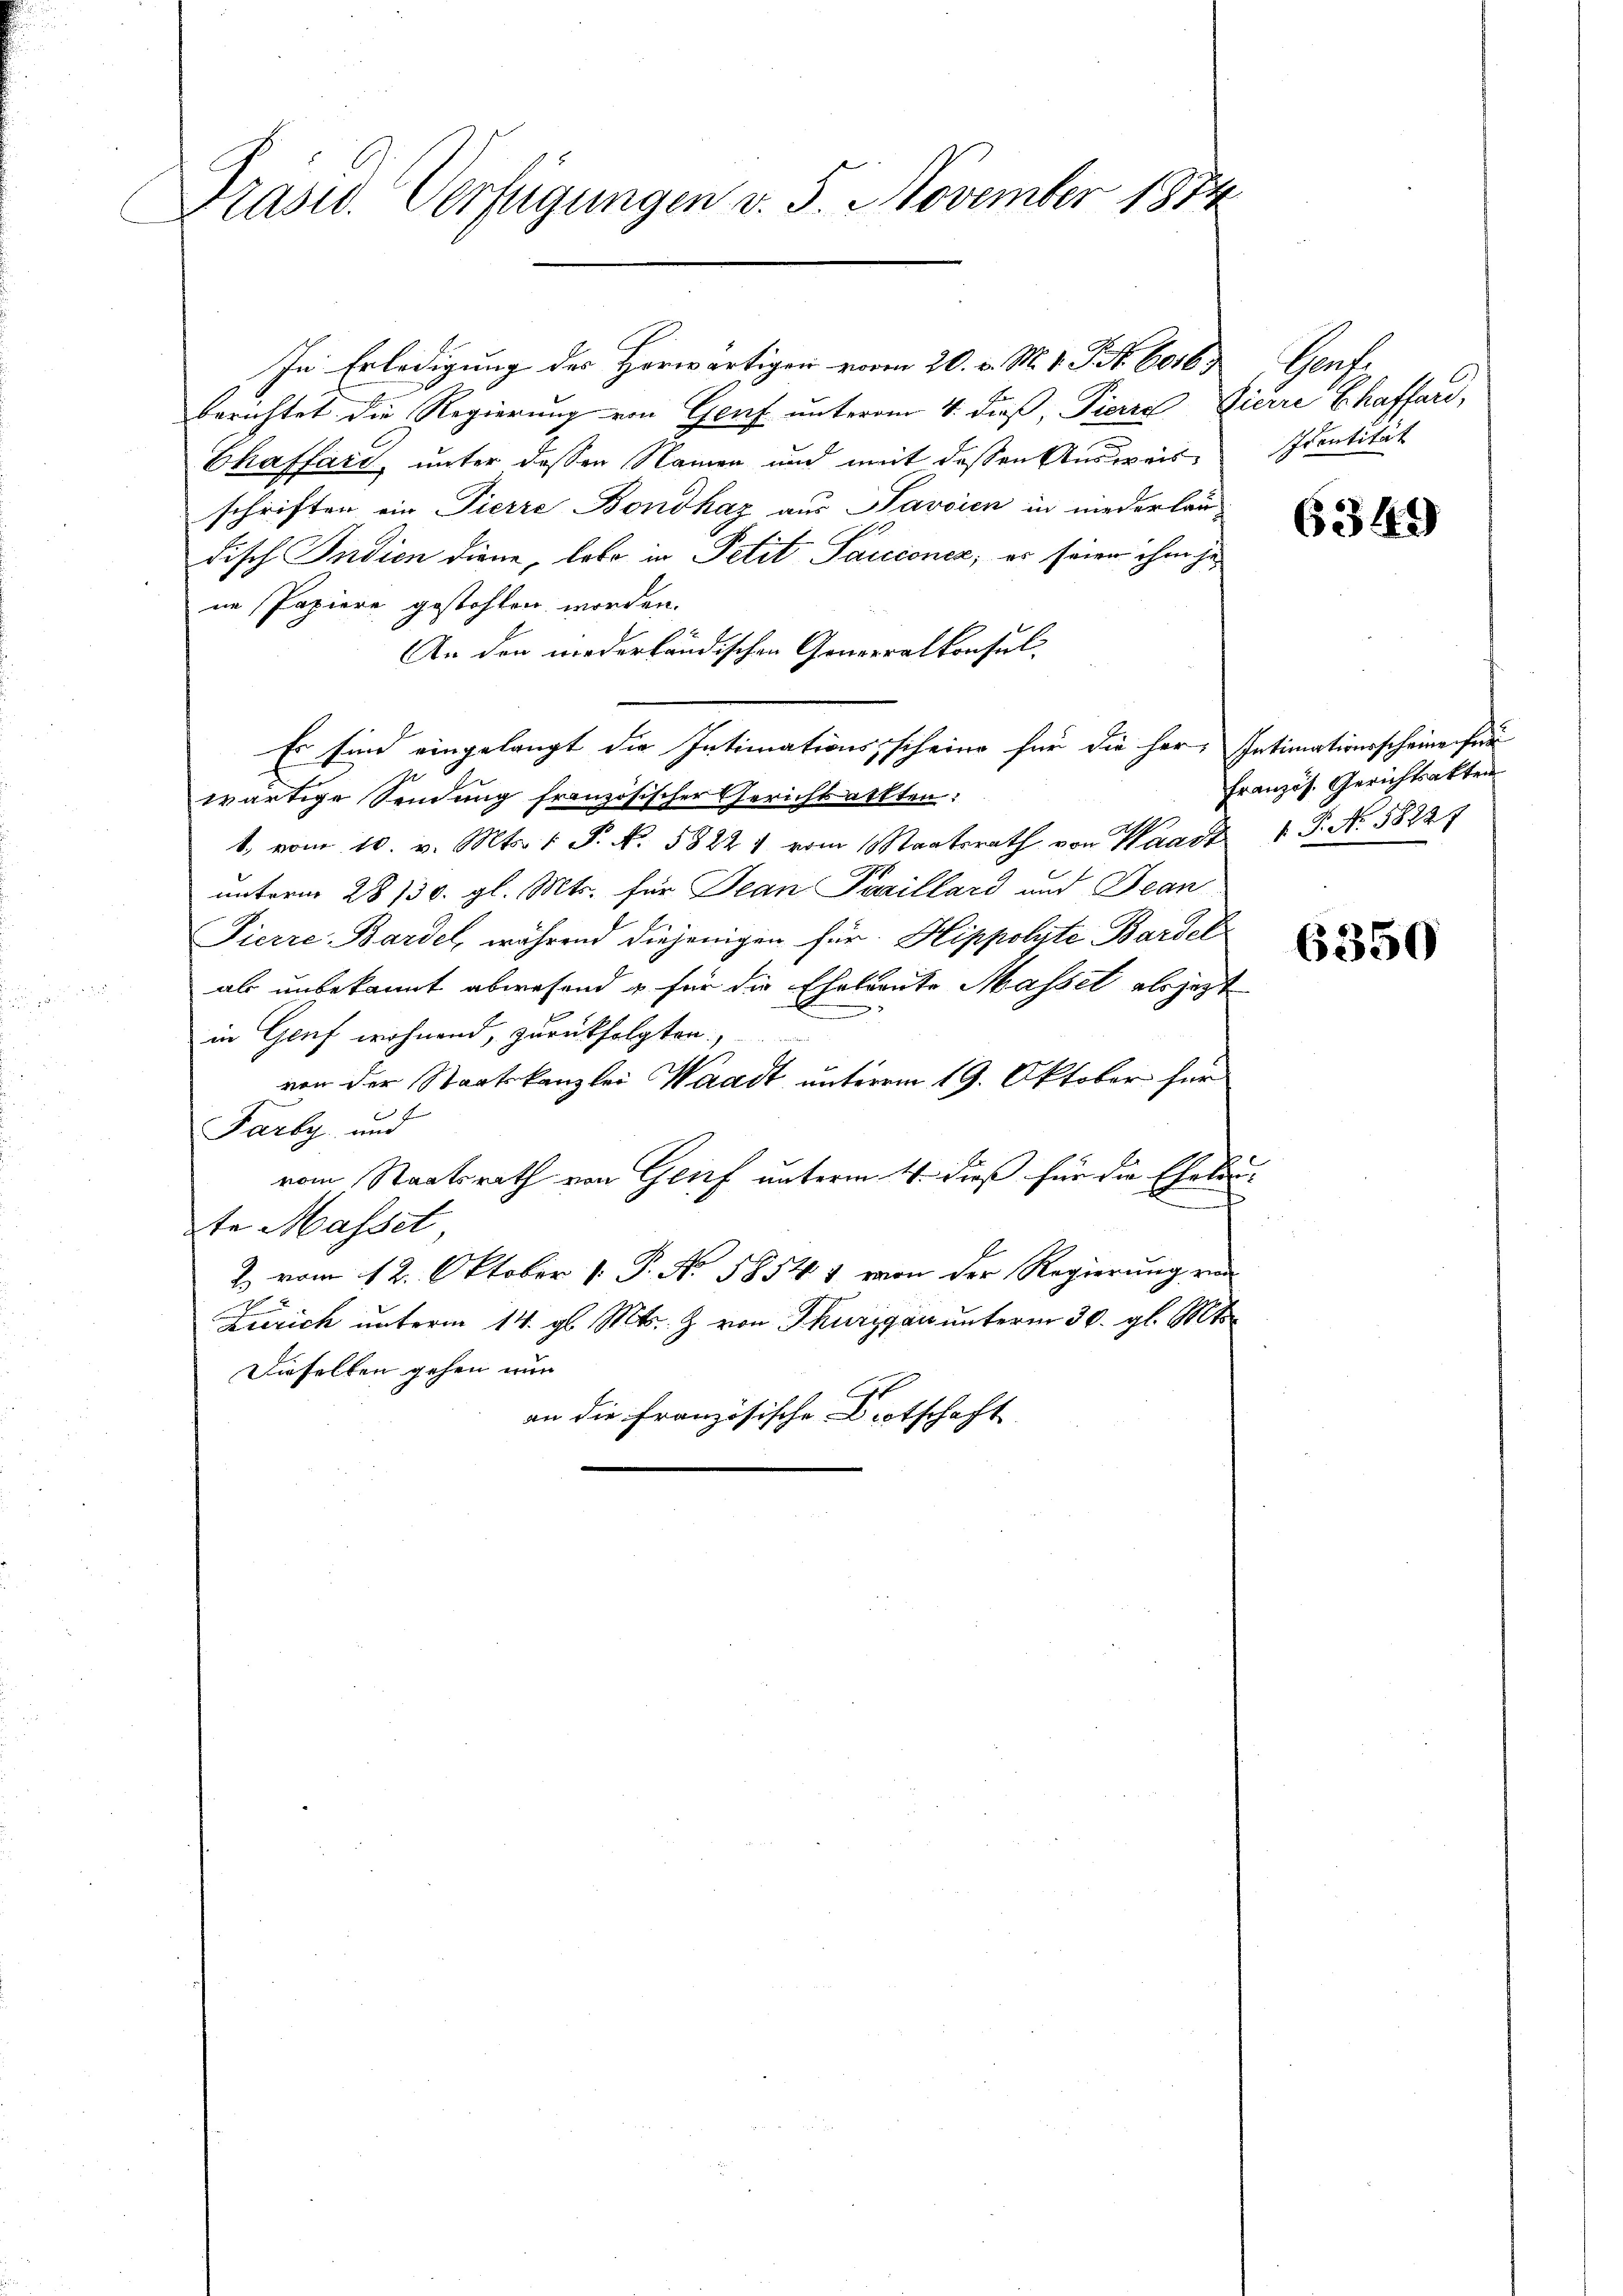
Präsid. Verfügungen v. 5. November 1874

In Erledigung des Herwärtigen vom 20. v. M. V. P. Nr. 6016.
berichtet die Regierung von Genf unterem 4. dieß, Pierre Zierre Schaffard,
Chaffart, unter dessen Namen und mit dessen Ausweis
schriften ein Pierre Bondhaz aus Pardien in niederlau
disch Indien diene, lebe in Petit Pariconer, er seien ihm jene Papiere gestehten worden.
An den niederländischen Generalkonsul
Er sind eingelangt die Intimationsscheine für die her, Intimativerscheine fer
wärtige Sendung französischer Gericht alten:
1. vom 10. v. Mts. 1 P. N. 5822 vom Staatsrath von Waadt 1 S. Nr. 58221
unterm 28/30. gl. Mts. für Jean Parillard und Bean
Pierre-Bardel, während diejenigen für Hippolte Bardel
ab unbekannt abwesend & für die Eheleute Massel abjezt
n
in Genf wohnend, zurückfolgten.
von der Staatskanzlei Waadt unterem 19. Oktober für
Farty und
vom Staatsrath von Genf unterm 4. dieß für die Eheleute Masset
2 vom 12. Oktober v. P. No. 5854 1 von der Regierung von
Zürich unterm 14. gl. Mts. Z. von Thurgau unterm 30. gl. Mt
Dieselben gehen nun
an die französische Drotschaft

Grafe
sventität

6349

Französ. Gerichtsakten

6350